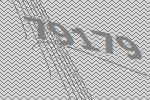
79179